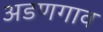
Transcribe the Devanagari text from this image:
अडणगाव